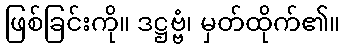
ဖြစ်ခြင်းကို။ ဒဋ္ဌဗ္ဗံ၊ မှတ်ထိုက်၏။